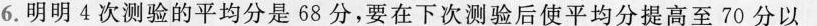
6.明明4次测验的平均分是68分，要在下次测验后使平均分提高至70分以